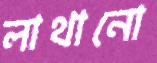
লাথানো